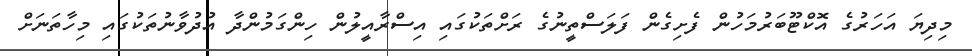
މިދިޔަ އަހަރުގެ އޮކްޓޫބަރުމަހުން ފެށިގެން ފަލަސްތީނުގެ ރަށްތަކުގައި އިސްރާއީލުން ހިންގަމުންދާ އުދުވާނުތަކުގައި މިހާތަނަށް